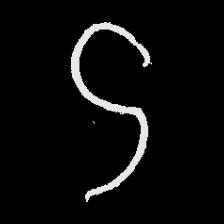
Pyu character \u2014 Myanmar letter: ဌ (romanized: ttha)